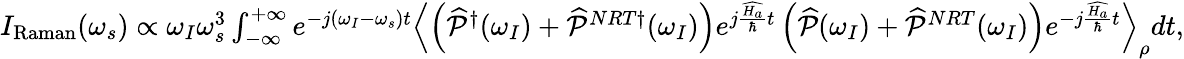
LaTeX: \begin{array}{r}{I_{\mathrm{Raman}}(\omega_{s})\propto\omega_{I}\omega_{s}^{3}\int_{-\infty}^{+\infty}e^{-j(\omega_{I}-\omega_{s})t}\left\langle\left(\widehat{\mathcal{P}}^{\dagger}(\omega_{I})+\widehat{\mathcal{P}}^{NRT\dagger}(\omega_{I})\right)e^{j\frac{\widehat{H_{a}}}{\hbar}t}\left(\widehat{\mathcal{P}}(\omega_{I})+\widehat{\mathcal{P}}^{NRT}(\omega_{I})\right)e^{-j\frac{\widehat{H_{a}}}{\hbar}t}\right\rangle_{\rho}dt,}\end{array}